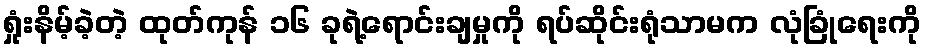
ရှုံးနိမ့်ခဲ့တဲ့ ထုတ်ကုန် ၁၆ ခုရဲ့ရောင်းချမှုကို ရပ်ဆိုင်းရုံသာမက လုံခြုံရေးကို